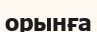
орынға